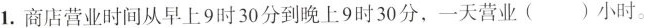
1. 商店营业时间从早上9时30分到晚上9时30分，一天营业()小时。